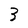
Character: 3